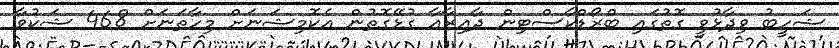
ޝަހީބު ވިދާޅުވީ ގޮތުގައި ބްރޯޑްކާސްޓިން ދާއިރާއާ ގުޅޭގޮތުން އެކޮމިޝަނަށް މިހާތަނަށް 468 ޝަކުވާ